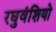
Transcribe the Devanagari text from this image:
रघुवंशियो